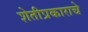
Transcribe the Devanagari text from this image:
शेतीप्रकाराचे